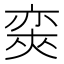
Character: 𡙩